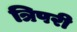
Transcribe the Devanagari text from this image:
त्रिपरी